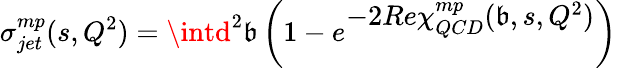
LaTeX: \sigma_{jet}^{mp}(s,Q^{2})=\intd^{2}\mathfrak{b}\left(1-e^{\textstyle-2Re\chi_{QCD}^{mp}(\mathfrak{b},s,Q^{2})}\right)